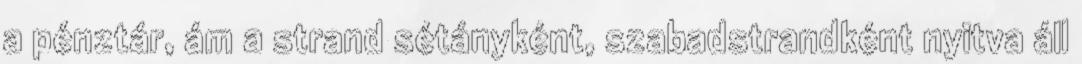
a pénztár, ám a strand sétányként, szabadstrandként nyitva áll